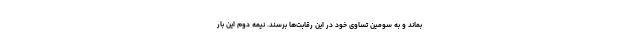
بماند و به سومین تساوی خود در این رقابت‌ها برسند. نیمه دوم این بار